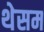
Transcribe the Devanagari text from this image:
थेसम